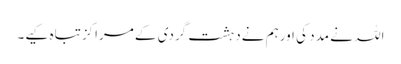
اللہ نے مدد کی اورہم نےدہشت گردی کے مراکزتباہ کیے۔